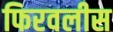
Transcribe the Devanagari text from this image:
फिरवलीस